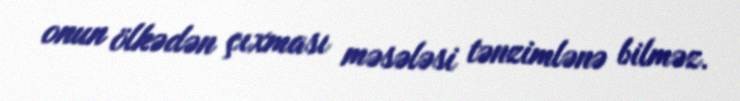
onun ölkədən çıxması məsələsi tənzimlənə bilməz.